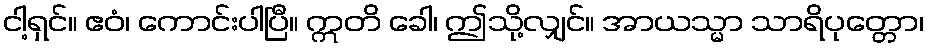
ငါ့ရှင်။ ဧဝံ၊ ကောင်းပါပြီ။ ဣတိ ခေါ၊ ဤသို့လျှင်။ အာယသ္မာ သာရိပုတ္တော၊